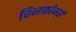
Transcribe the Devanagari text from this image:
विनफोर्म्ज़